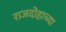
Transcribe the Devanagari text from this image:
राजदोहाच्या